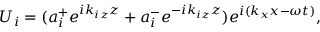
U _ { i } = ( a _ { i } ^ { + } e ^ { i k _ { i z } z } + a _ { i } ^ { - } e ^ { - i k _ { i z } z } ) e ^ { i ( k _ { x } x - \omega t ) } ,